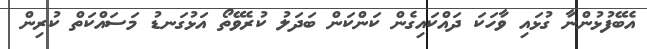
އެބޭފުޅުންނާ ގުޅައި ވާހަކަ ދައްކައިގެން ކަންކަން ބަދަލު ކުރެވޭތޯ އަޅުގަނޑު މަސައްކަތް ކުރިން